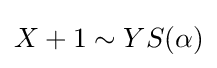
X+1\sim YS(\alpha )